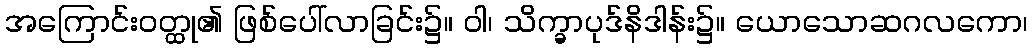
အကြောင်းဝတ္ထု၏ ဖြစ်ပေါ်လာခြင်း၌။ ဝါ၊ သိက္ခာပုဒ်နိဒါန်း၌။ ယောသောဆဂလကော၊